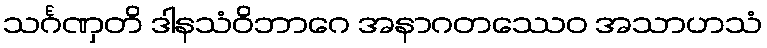
သင်္ဂဏှတိ ဒါနသံဝိဘာဂေ အနာဂတဿေဝ အသာဟသံ